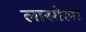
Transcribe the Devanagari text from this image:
लासोलो